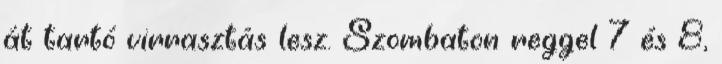
át tartó virrasztás lesz. Szombaton reggel 7 és 8,